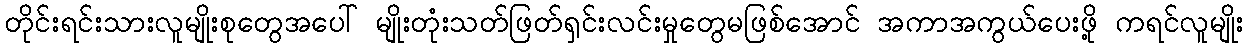
တိုင်းရင်းသားလူမျိုးစုတွေအပေါ် မျိုးတုံးသတ်ဖြတ်ရှင်းလင်းမှုတွေမဖြစ်အောင် အကာအကွယ်ပေးဖို့ ကရင်လူမျိုး